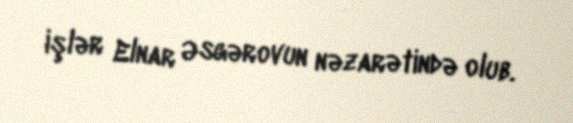
işlər Elnar Əsgərovun nəzarətində olub.